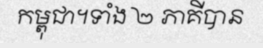
កម្ពុជា។ទាំង ២ ភាគីបាន